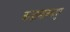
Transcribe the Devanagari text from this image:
कड़ामानकपुर